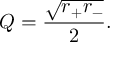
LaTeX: Q = { \frac { \sqrt { r _ { + } r _ { - } } } { 2 } } .